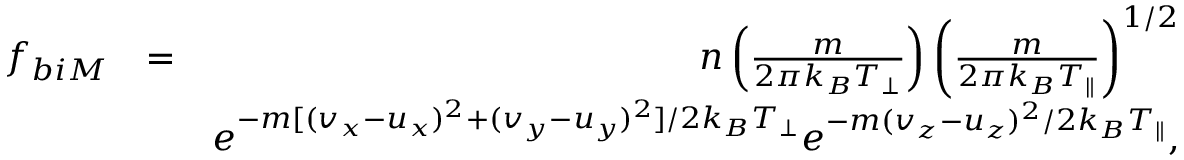
\begin{array} { r l r } { f _ { b i M } } & { = } & { n \left( \frac { m } { 2 \pi k _ { B } T _ { \perp } } \right) \left( \frac { m } { 2 \pi k _ { B } T _ { \parallel } } \right) ^ { 1 / 2 } } \\ & { } & { e ^ { - m [ ( v _ { x } - u _ { x } ) ^ { 2 } + ( v _ { y } - u _ { y } ) ^ { 2 } ] / 2 k _ { B } T _ { \perp } } e ^ { - m ( v _ { z } - u _ { z } ) ^ { 2 } / 2 k _ { B } T _ { \parallel } } , } \end{array}